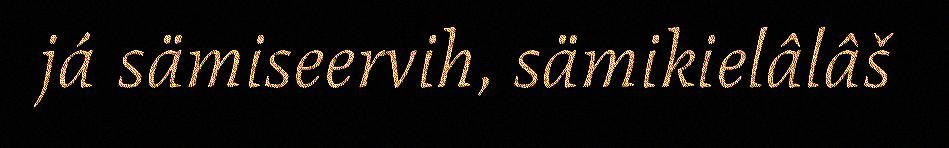
já sämiseervih, sämikielâlâš